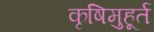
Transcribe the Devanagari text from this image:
कृषिमुहूर्त